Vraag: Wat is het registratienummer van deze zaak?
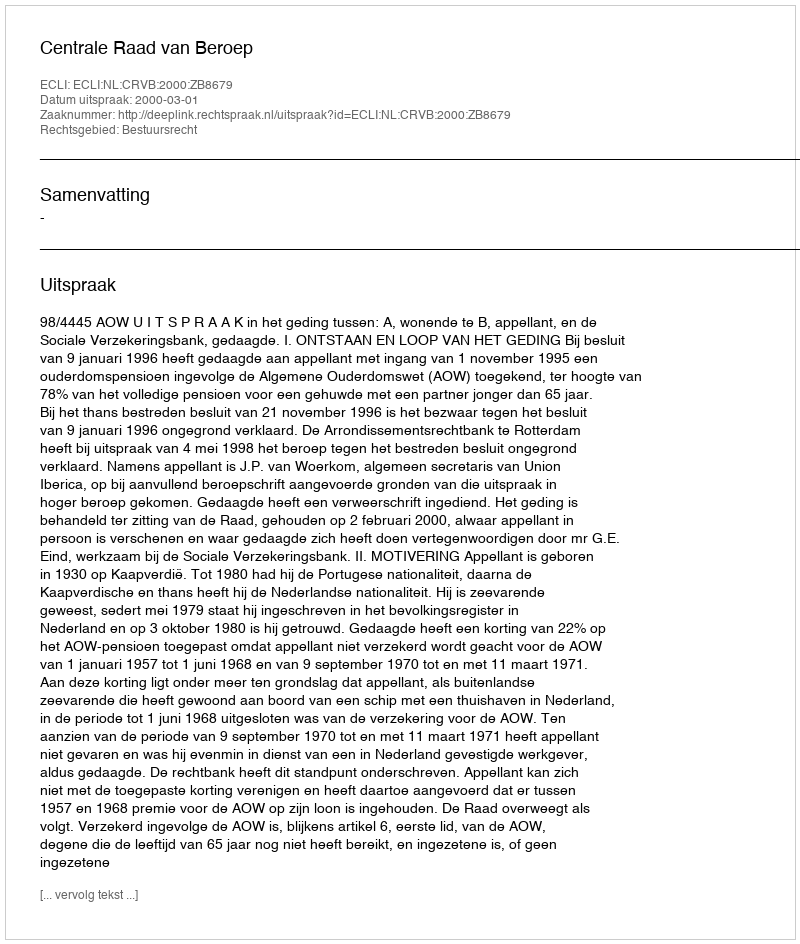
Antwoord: http://deeplink.rechtspraak.nl/uitspraak?id=ECLI:NL:CRVB:2000:ZB8679